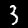
Digit: 3